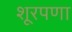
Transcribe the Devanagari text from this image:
शूरपणा